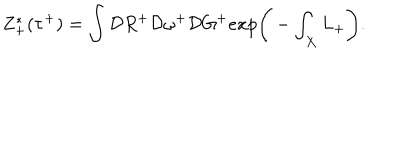
LaTeX: Z _ { + } ^ { * } ( \tau ^ { + } ) = \int { \cal D } R ^ { + } { \cal D } \omega ^ { + } { \cal D } G ^ { + } e x p \Bigg ( - \int _ { X } L _ { + } \Bigg ) .